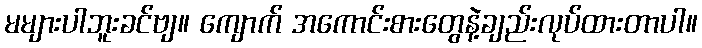
မများပါဘူးခင်ဗျ။ ကျောက် အကောင်းစားတွေနဲ့ချည်းလုပ်ထားတာပါ။